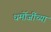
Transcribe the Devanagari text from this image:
धर्मोजींच्या